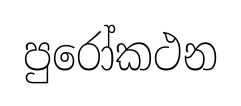
පුරෝකථන